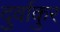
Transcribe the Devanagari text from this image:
दुर्वाकुर